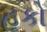
હૂકો